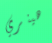
هينري